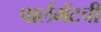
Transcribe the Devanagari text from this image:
पार्लमेंटची